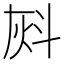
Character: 𰞈